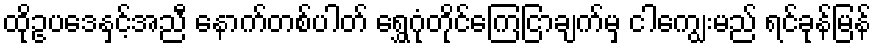
ထိုဥပဒေနှင့်အညီ နောက်တစ်ပါတ် ရွှေဂုံတိုင်ကြေငြာချက်မှ ငါကျွေးမည် ရင်ခုန်မြန်